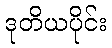
ဒုတိယပိုင်း